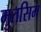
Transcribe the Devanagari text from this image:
मुतसिम